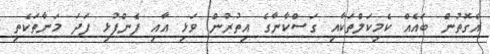
އެގޮތުން ބައެއް ކެމިކަލްތަކާއި ގަސްކާނާގެ އިތުރުން ވަޅި އާއި ފެންފުޅި ފަދަ މަނާތަކެތި